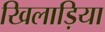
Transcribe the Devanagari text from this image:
खिलाड़िया